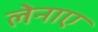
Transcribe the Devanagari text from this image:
लेनाए